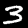
Label: 3